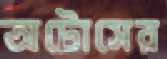
অটোসের